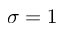
\sigma = 1